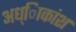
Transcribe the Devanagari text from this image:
अध्ािकांश